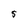
Character: 5